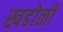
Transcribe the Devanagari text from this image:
खडोळी